Code of medical and sanitary regulations for the guidance of medical officers serving in the Madras Presidency - Volume II
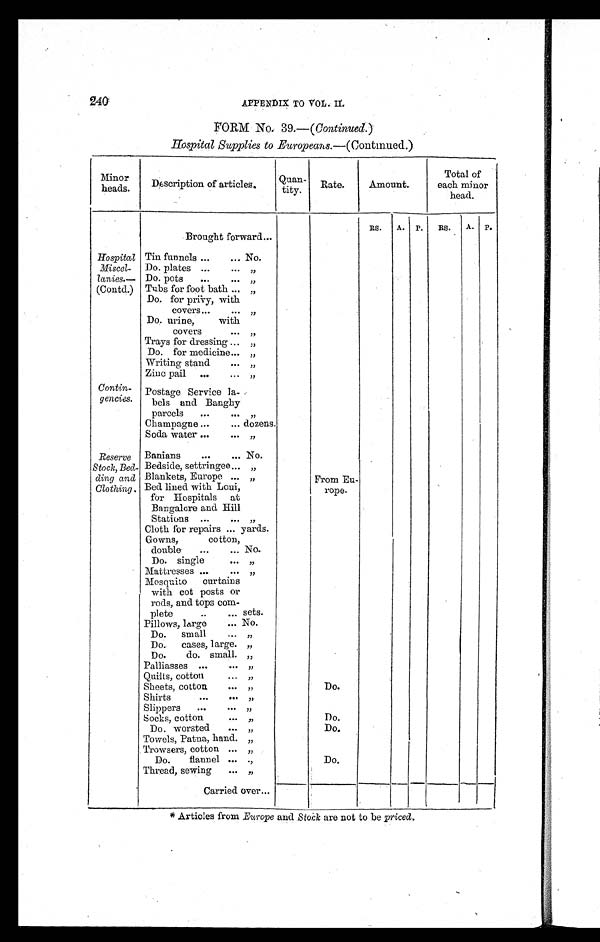
240
APPENDIX TO VOL. II.
FORM No. 39.—( Continued. )
Hospital Supplies to Europeans.—(Continued.)
Minor
heads.
Description of articles.
Quan-
tity.
Rate.
Amount.
Total of
each minor
head.
R s . A. P. Rs. A. P.
Brought forward ...
Hospital
Miscel-
lanies.—
(Contd.)
Tin funnels ...
... No.
Do. plates ...
. . . „
Do. pots
...
. . . „
Tubs for foot bath ... „
Do. for privy, with
covers
. . . „
Do. urine, with
covers
. . . „
Trays for dressing . . .
„
Do. for medicine . . . „
Writing stand
. . . „
Zinc pail ...
. . . „
Contin-
gencies.
Postage Service la-
bels and Banghy
parcels
...
. . . „
Champagne ...
... dozens.
Soda water ...
. . .
„
Reserve
Stock, Bed-
ding and
Clothing.
Banians
...
... No.
Bedside, settringee ... „
Blankets, Europe ... „
From Eu-
rope.
Bed lined with Loui,
for Hospitals at
Bangalore and Hill
Stations ...
. . . „
Cloth for repairs ... yards.
Gowns, cotton,
double
...
... No.
Do. single
. . . „
Mattresses ...
. . . „
Mosquito curtains
with cot posts or
rods, and tops com-
plete
..
... sets.
Pillows, large
... No.
Do. small
... „
Do. cases, large. „
Do. do. small. „
Palliasses ...
. . . „
Quilts, cotton
. . . „
Sheets, cotton
. . . „
Do.
Shirts
...
... „
Slippers
...
. . . „
Socks, cotton
. . . „
Do.
Do. worsted
. . . „
Do.
Towels, Patna, hand. „
Trowsers, cotton ... „
Do. flannel ... „
Do.
Thread, sewing
... „
Carried over ...
* Articles from Europe and Stock are not to be priced.